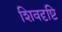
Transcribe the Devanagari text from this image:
शिवदृष्टि